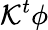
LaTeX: \mathcal{K}^{t}\phi